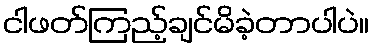
ငါဖတ်ကြည့်ချင်မိခဲ့တာပါပဲ။